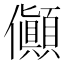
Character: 𠑘